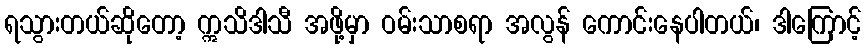
ရသွားတယ်ဆိုတော့ ဣသိဒါသီ အဖို့မှာ ဝမ်းသာစရာ အလွန် ကောင်းနေပါတယ်၊ ဒါကြောင့်